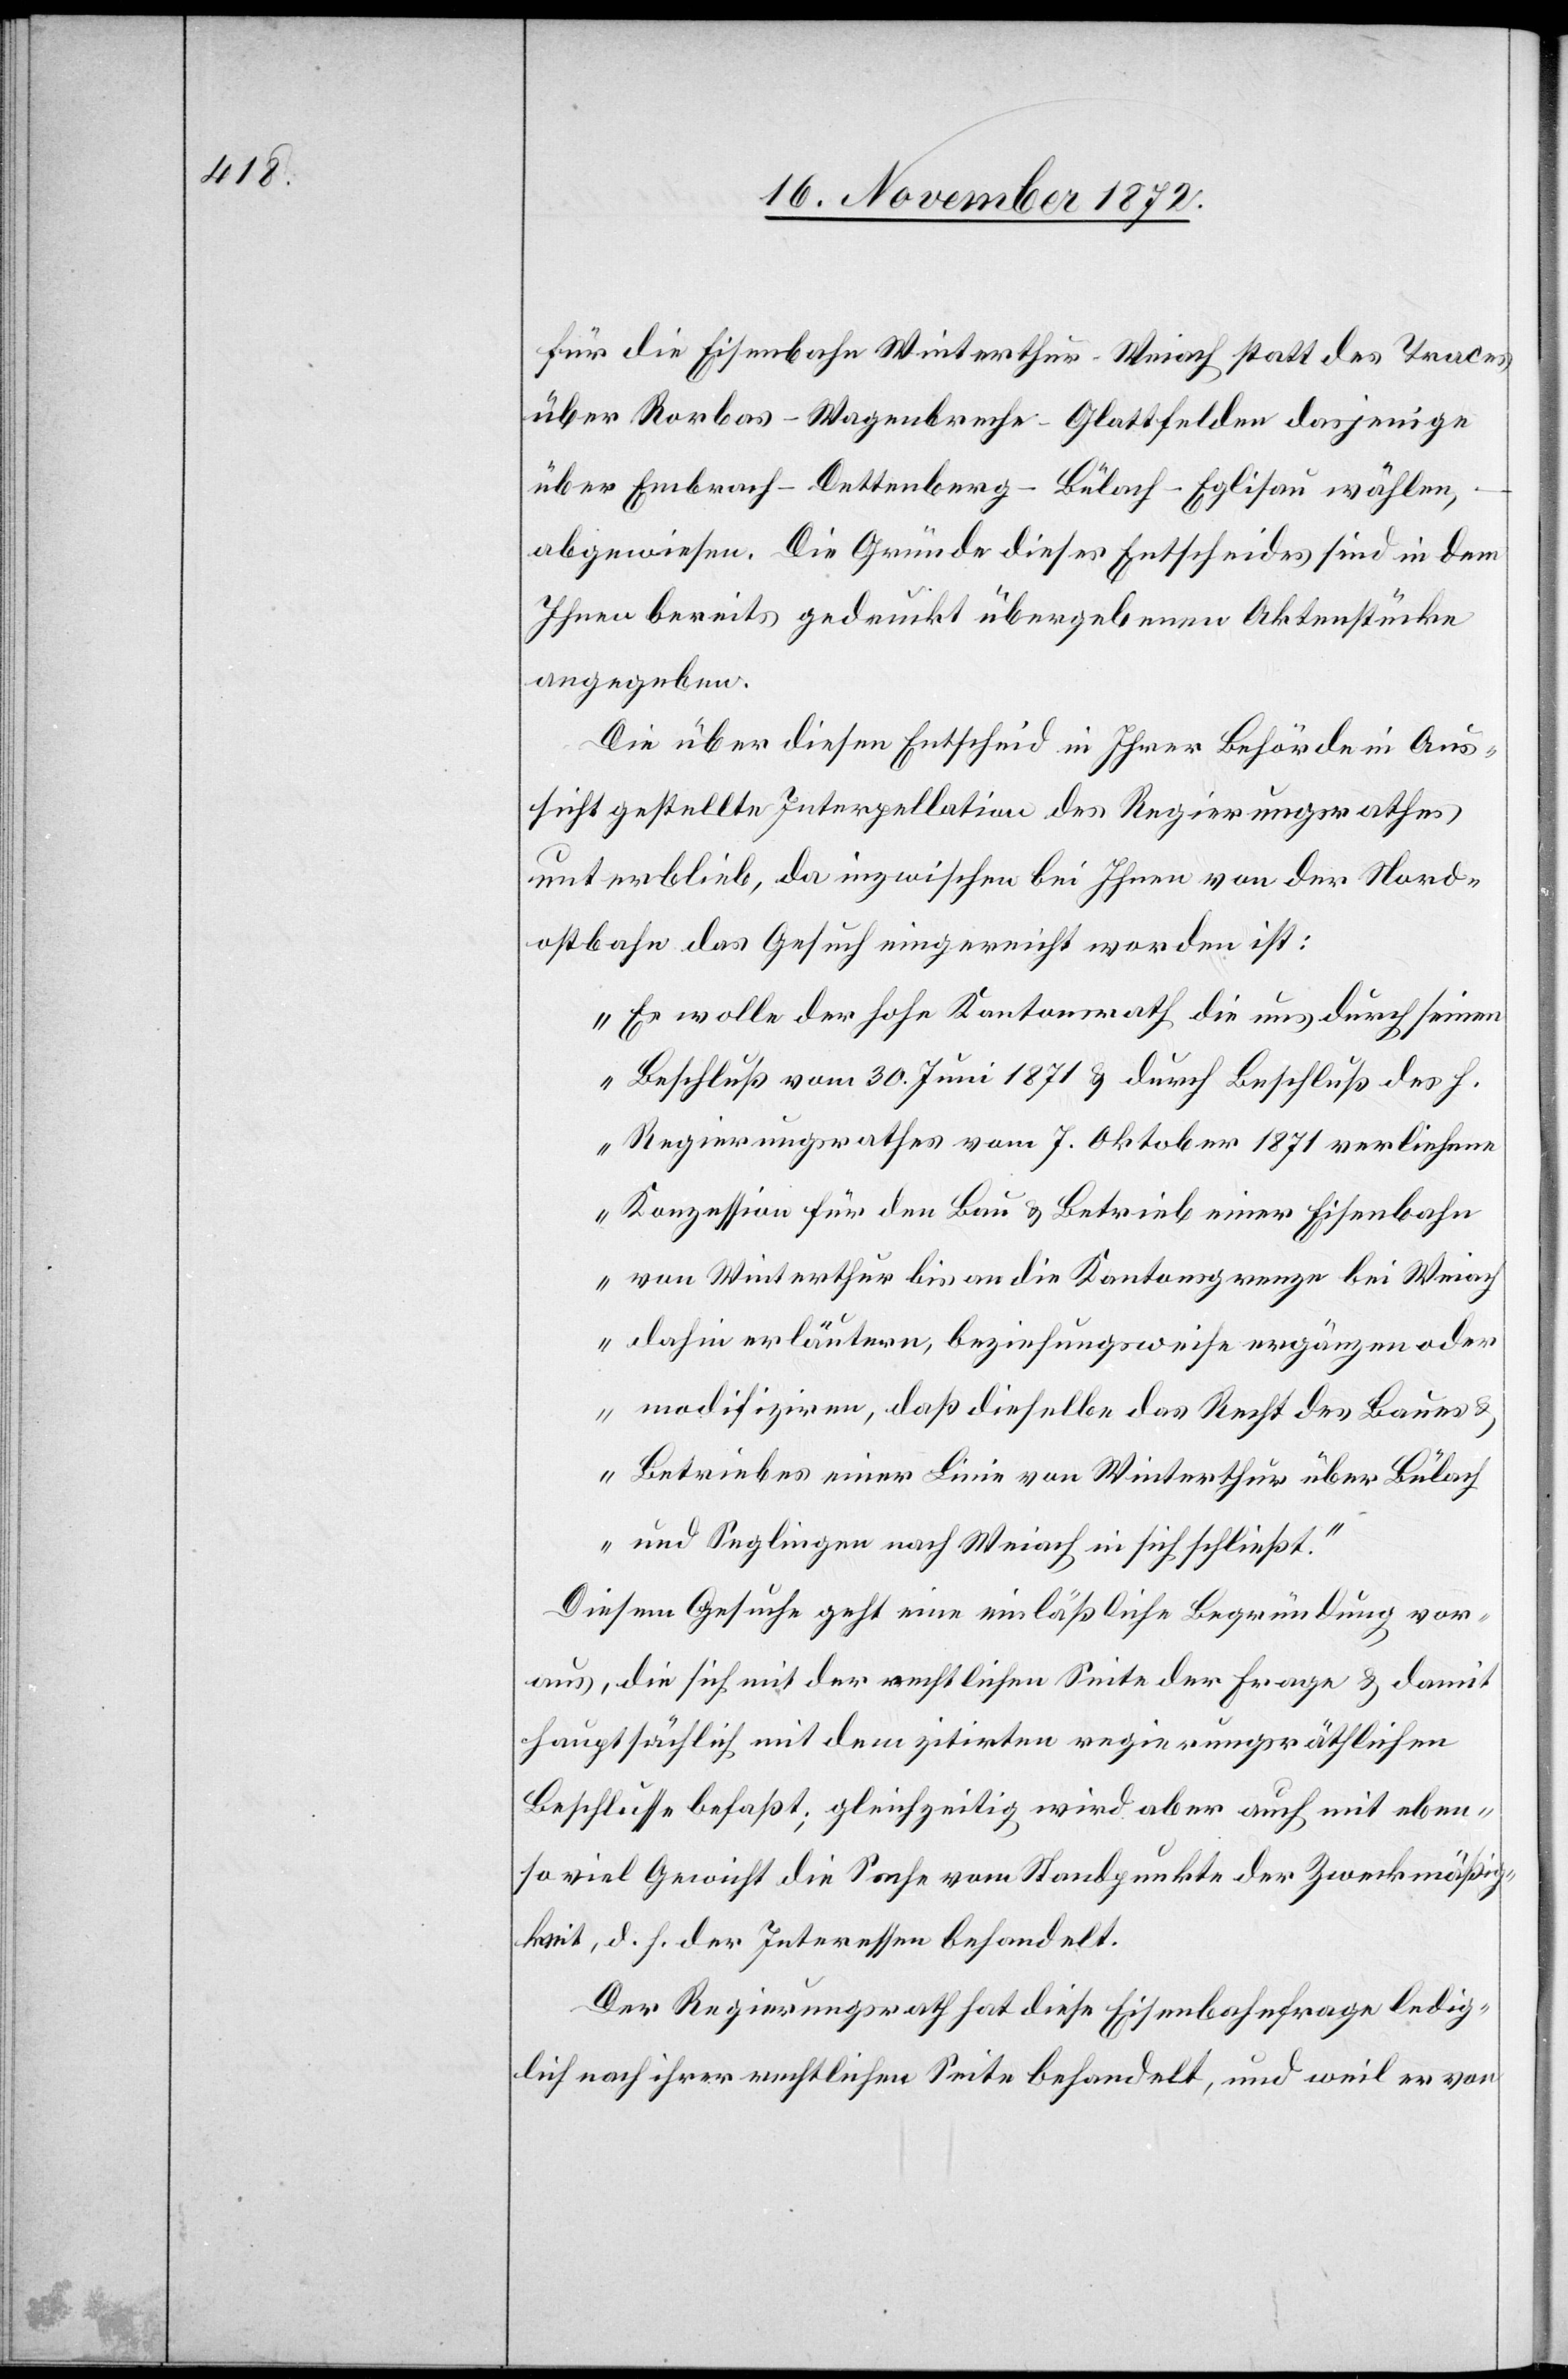
für die Eisenbahn Winterthur–Weiach statt des Traces
über Rorbas–Wagenbreche–Glattfelden dasjenige
über Embrach–Dettenberg–Bülach–Eglisau wählen,
abgewiesen. Die Gründe dieses Entscheides sind in dem
Ihnen bereits gedruckt übergebenen Aktenstücke
angegeben.
Die über diesen Entscheid in Ihrer Behörde in Aus¬
sicht gestellte Interpellation des Regierungsrathes
unterblieb, da inzwischen bei Ihnen von der Nord¬
ostbahn das Gesuch eingereicht worden ist:
„Es wolle der hohe Kantonsrath die uns durch seinen
Beschluß vom 30. Juni 1871 u. durch Beschluß des h.
Regierungsrathes vom 7. Oktober 1871 verliehene
Konzession für den Bau u. Betrieb einer Eisenbahn
von Winterthur bis an die Kantonsgrenze bei Weiach
dahin erläutern, beziehungsweise ergänzen oder
modifiziren, daß dieselbe das Recht des Baues
u. Betriebes einer Linie von Winterthur über Bülach
und Seglingen nach Weiach in sich schließt.“
Diesem Gesuche geht eine einläßliche Begründung vor¬
aus, die sich mit der rechtlichen Seite der Frage u. damit
hauptsächlich mit dem zitirten regierungsräthlichen
Beschlusse befaßt; gleichzeitig wird aber auch mit eben¬
so viel Gewicht die Sache vom Standpunkte der Zweckmäßig¬
keit, d. h. der Interessen behandelt.
Der Regierungsrath hat diese Eisenbahnfrage ledig¬
lich nach ihrer rechtlichen Seite behandelt, und weil er von